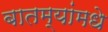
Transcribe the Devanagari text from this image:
बातम्यांमधे